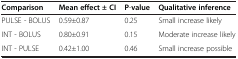
| Comparison | Mean effect±CI | P-value | Qualitative inference |
 | --- | --- | --- | --- |
 | PULSE - BOLUS | 0.59±0.87 | 0.25 | Small increase likely |
 | INT - BOLUS | 0.80±0.91 | 0.15 | Moderate increase likely |
 | INT - PULSE | 0.42±1.00 | 0.46 | Small increase possible |